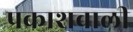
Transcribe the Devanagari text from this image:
प्रकाशवाली